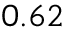
_ { 0 . 6 2 }